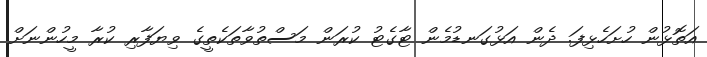
އަތޮޅުން ހުށަހެޅިފަ. ދެން އަޅުގަނޑުމެން ޓާގެޓު ކުރަން މަސްތުވާތަކެތީގެ ވިޔަފާރި ކުރާ މީހުންނަށް